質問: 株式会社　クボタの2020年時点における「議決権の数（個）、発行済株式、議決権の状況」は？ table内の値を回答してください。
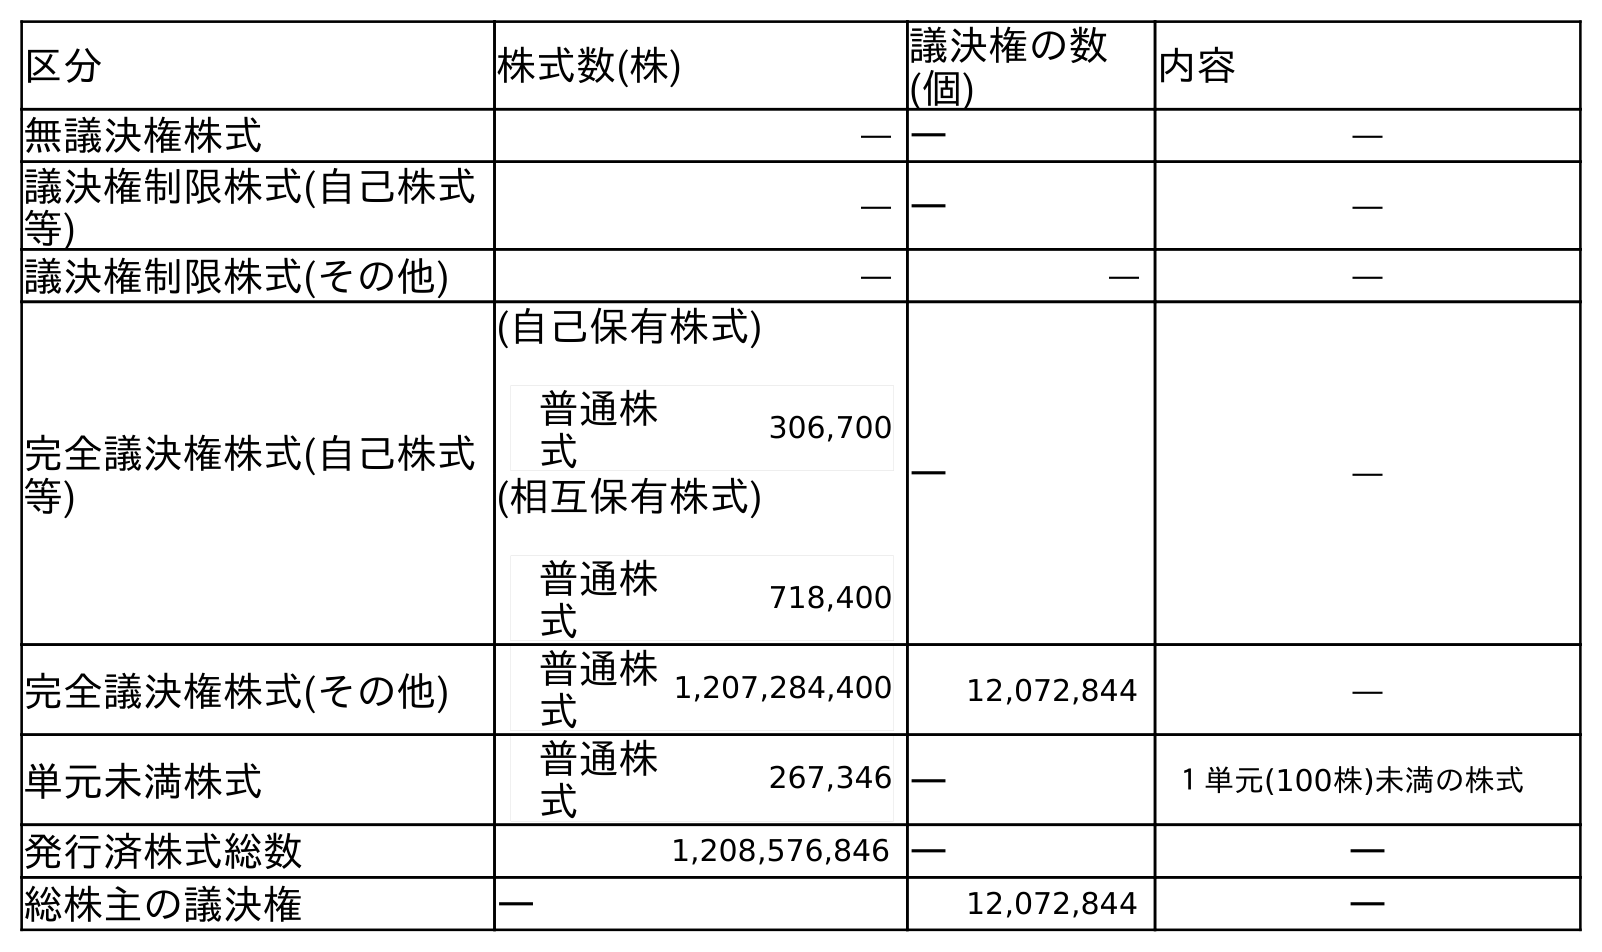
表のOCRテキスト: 区分 株式数(株) 議決権の数 (個) 内容 無議決権株式 ― ― ― 議決権制限株式(自己株式 等) ― ― ― 議決権制限株式(その他) ― ― ― 完全議決権株式(自己株式 等) (自己保有株式) 普通株 式 306,700 ― ― (相互保有株式) 普通株 式 718,400 完全議決権株式(その他) 普通株 式 1,207,284,400 12,072,844 ― 単元未満株式 普通株 式 267,346 ― １単元(100株)未満の株式 発行済株式総数 1,208,576,846 ― ― 総株主の議決権 ― 12,072,844 ―
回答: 12,072,844